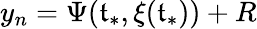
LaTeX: y_{n}=\Psi(\mathfrak{t}_{*},\xi(\mathfrak{t}_{*}))+R